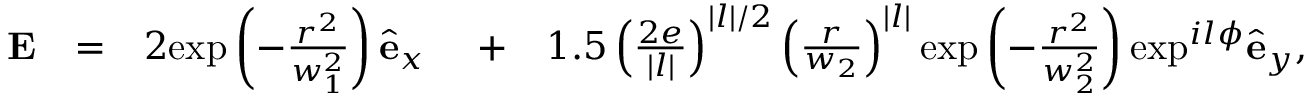
\begin{array} { r l r l r } { \mathbf { E } } & { = } & { 2 \mathrm { e x p } \left( - \frac { r ^ { 2 } } { w _ { 1 } ^ { 2 } } \right) \hat { \mathbf { e } } _ { x } \ } & { + } & { 1 . 5 \left( \frac { 2 e } { | l | } \right) ^ { | l | / 2 } \left( \frac { r } { w _ { 2 } } \right) ^ { | l | } \mathrm { e x p } \left( - \frac { r ^ { 2 } } { w _ { 2 } ^ { 2 } } \right) \mathrm { e x p } ^ { i l \phi } \hat { \mathbf { e } } _ { y } , } \end{array}